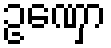
ဥဏှော